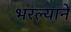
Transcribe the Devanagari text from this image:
भरल्याने